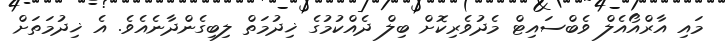
މައި އާރްއޯއެލް ވެބްސައިޓް މެދުވެރިކޮށް ބިލް ދެއްކުމުގެ ޚިދުމަތް ލިބިގެންދާނެއެވެ. އެ ޚިދުމަތަށް